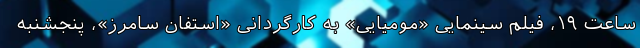
ساعت ۱۹، فیلم سینمایی «مومیایی» به کارگردانی «استفان سامرز»، پنجشنبه